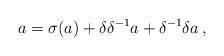
LaTeX: \begin{align*}a=\sigma (a)+\delta \delta ^{-1}a+\delta ^{-1}\delta a\,, \end{align*}